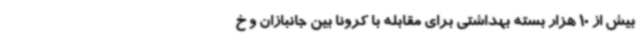
بیش از 10 هزار بسته بهداشتی برای مقابله با کرونا بین جانبازان و خ